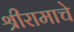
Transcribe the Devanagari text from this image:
श्रीरामाचे